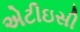
એટીઇસી